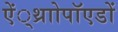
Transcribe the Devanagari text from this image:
ऐं्थ्राोपॉएडों